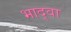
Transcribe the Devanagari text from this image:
भाद्वा